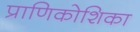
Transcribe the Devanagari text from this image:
प्राणिकोशिका